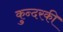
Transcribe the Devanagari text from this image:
कुन्‍दरकी